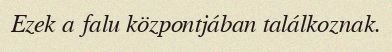
Ezek a falu központjában találkoznak.